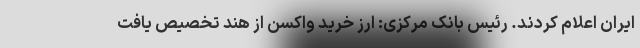
ایران اعلام کردند. رئیس بانک مرکزی: ارز خرید واکسن از هند تخصیص یافت